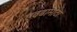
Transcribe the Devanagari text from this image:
एवढामोठा